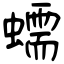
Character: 蠕